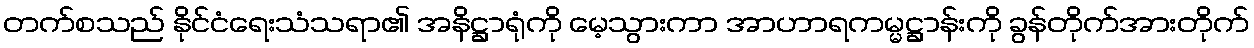
တက်စသည် နိုင်ငံရေးသံသရာ၏ အနိဋ္ဌာရုံကို မေ့သွားကာ အာဟာရကမ္မဋ္ဌာန်းကို ခွန်တိုက်အားတိုက်